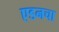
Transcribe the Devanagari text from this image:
एडनचा